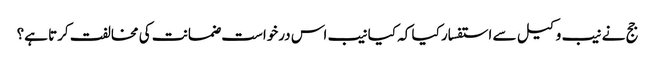
جج نے نیب وکیل سے استفسار کیا کہ کیا نیب اس درخواست ضمانت کی مخالفت کرتا ہے؟